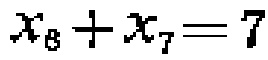
$x_{8}+x_{7}=7$